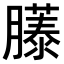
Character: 𫆹